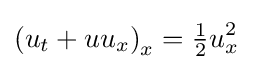
\displaystyle \left(u_{t}+uu_{x}\right)_{x}={\tfrac {1}{2}}u_{x}^{2}